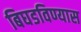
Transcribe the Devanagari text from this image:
बिघडविण्यास